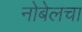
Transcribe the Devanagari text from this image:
नोबेलचा